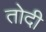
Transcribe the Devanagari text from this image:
तोदी